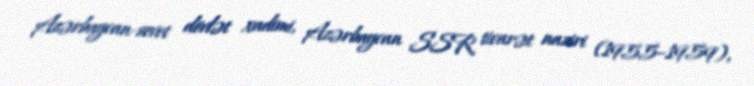
Azərbaycan-sovet dövlət xadimi, Azərbaycan SSR ticarət naziri (1955–1959),